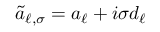
\tilde { a } _ { \ell , \sigma } = a _ { \ell } + i \sigma d _ { \ell }